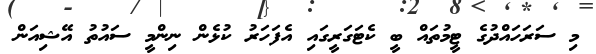
މި ސަރަހައްދުގެ ޓީމުތައް ބީ ކެޓަގަރީގައި އެފަހަރު ކުޅެން ނިންމީ ސައުތު އޭޝިއަން